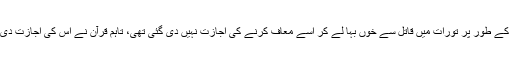
مثال کے طور پر تورات میں قاتل سے خوں بہا لے کر اسے معاف کرنے کی اجازت نہیں دی گئی تھی، تاہم قرآن نے اس کی اجازت دی ہے۔